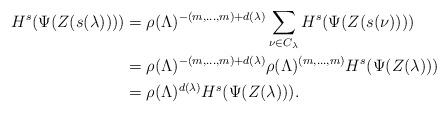
LaTeX: \begin{align*}H^s(\Psi(Z(s(\lambda)))) &= \rho(\Lambda)^{-(m,\ldots, m) + d(\lambda)} \sum_{\nu \in C_\lambda} H^s (\Psi(Z(s(\nu)))) \\&= \rho(\Lambda)^{-(m,\ldots, m) + d(\lambda)} \rho(\Lambda)^{(m,\ldots, m)} H^s(\Psi(Z(\lambda))) \\&= \rho(\Lambda)^{d(\lambda)} H^s(\Psi(Z(\lambda))).\end{align*}